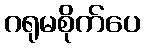
ဂရုမစိုက်ပေ